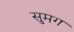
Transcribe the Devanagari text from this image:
सुमग